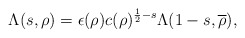
\begin{align*}\Lambda(s, \rho) = \epsilon(\rho) c(\rho)^{\frac{1}{2}-s} \Lambda(1-s, \overline{\rho}),\end{align*}